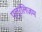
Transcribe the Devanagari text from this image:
प्लूरलिज़म